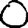
Digit: 0